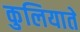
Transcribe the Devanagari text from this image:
कुलियाते